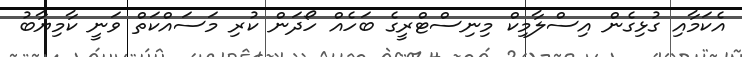
އެކަމާއި ގުޅިގެން އިސްލާމިކް މިނިސްޓްރީގެ ބަހެއް ހޯދަން ކުރި މަސައްކަތް ވަނީ ކާމިޔާބު